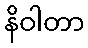
နိဝါတာ